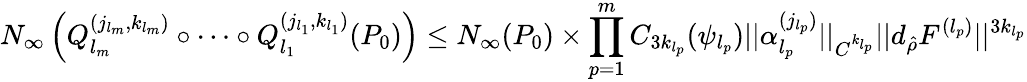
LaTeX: N_{\infty}\left(Q_{l_{m}}^{(j_{l_{m}},k_{l_{m}})}\circ\dots\circ Q_{l_{1}}^{(j_{l_{1}},k_{l_{1}})}(P_{0})\right)\leq N_{\infty}(P_{0})\times\prod_{p=1}^{m}C_{3k_{l_{p}}}(\psi_{l_{p}})||\alpha_{l_{p}}^{(j_{l_{p}})}||_{C^{k_{l_{p}}}}||d_{\hat{\rho}}F^{(l_{p})}||^{3k_{l_{p}}}